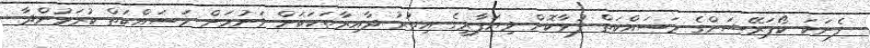
ފެނަކަ ކޯޕަރޭޝަންގެ މަސައްކަތް ފުޅާކޮށް ވިޔަފާރީގެ އިތުރު ދާއިރާތަކަކަށް ވަނުމަށް މަސައްކަތް ކުރަމުންދާ